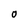
Character: 0